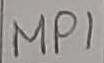
Text: MP1